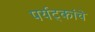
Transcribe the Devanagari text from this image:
पर्यट्कांचे